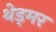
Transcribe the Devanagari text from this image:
थेड्मर